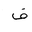
Letter: _fa